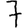
Digit: 7